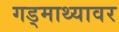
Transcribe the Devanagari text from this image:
गड्माथ्यावर